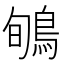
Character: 𪀽